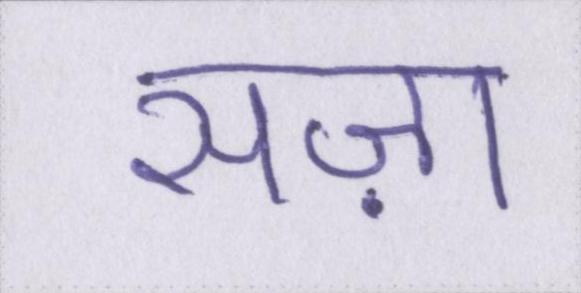
सज़ा